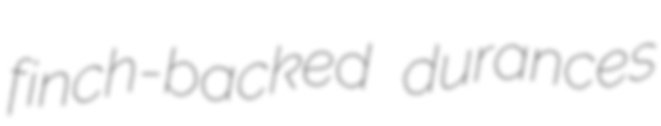
finch-backed durances